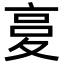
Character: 𡕨